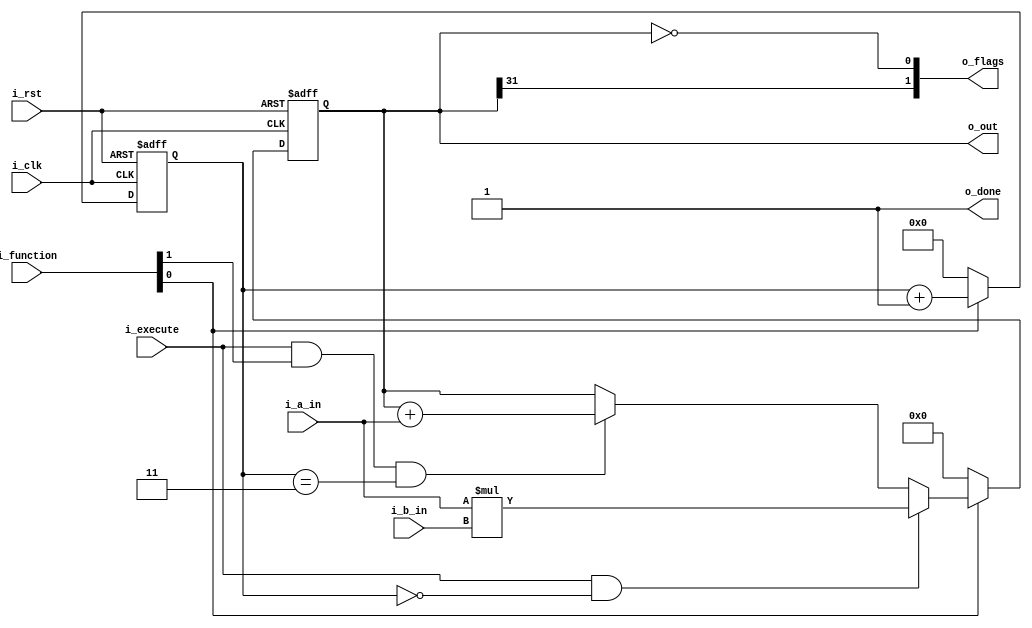
module a23_multiply (
input                       i_clk,
input                       i_rst,

input       [31:0]          i_a_in,         // Rds
input       [31:0]          i_b_in,         // Rm
input       [1:0]           i_function,
input                       i_execute,

output      [31:0]          o_out,
output      [1:0]           o_flags,        // [1] = N, [0] = Z
output                      o_done    // goes high 2 cycles before completion                                          
);


wire        enable;
wire        accumulate;

reg  [31:0] product;
reg  [3:0]  count;

assign enable         = i_function[0];
assign accumulate     = i_function[1];

assign o_out   = product;

assign o_flags = {o_out[31], o_out == 32'd0 }; 
assign o_done  = 1'b1;


always @(posedge i_clk or posedge i_rst) begin
  if (i_rst) begin
    product <= 32'b0;
    count <= 4'b0;
  end else if(enable) begin
    count <= count + 1;
    if (i_execute && count == 0) begin
      product <= i_a_in*i_b_in;
    end else if (i_execute && accumulate && count == 3) begin
      product <= product + i_a_in;
    end
  end else begin
    product <= 32'b0;
    count <= 4'b0;
  end
end

// wire [33:0] multiplier;
// wire [33:0] multiplier_bar;
// wire [33:0] sum;
// wire [33:0] sum34_b;

// reg  [5:0]  count;
// reg  [5:0]  count_nxt;
// reg  [67:0] product;
// reg  [67:0] product_nxt;
// reg  [1:0]  flags_nxt;
// wire [32:0] sum_acc1;           // the MSB is the carry out for the upper 32 bit addition
// assign multiplier     =  { 2'd0, i_a_in} ;
// assign multiplier_bar = ~{ 2'd0, i_a_in} + 34'd1 ;

// assign sum34_b        =  product[1:0] == 2'b01 ? multiplier     :
//                          product[1:0] == 2'b10 ? multiplier_bar :
//                                                  34'd0          ;


// // -----------------------------------
// // 34-bit adder - booth multiplication
// // -----------------------------------
// assign sum =  product[67:34] + sum34_b;
 
// // ------------------------------------
// // 33-bit adder - accumulate operations
// // ------------------------------------
// assign sum_acc1 = {1'd0, product[32:1]} + {1'd0, i_a_in};


// always @*
// begin
//   // Defaults
//   count_nxt           = count;
//   product_nxt         = product;
  
//   // update Negative and Zero flags
//   // Use registered value of product so this adds an extra cycle
//   // but this avoids having the 64-bit zero comparator on the
//   // main adder path
//   flags_nxt   = { product[32], product[32:1] == 32'd0 }; 
    

//   if ( count == 6'd0 )
//     product_nxt = {33'd0, 1'd0, i_b_in, 1'd0 } ;
//   else if ( count <= 6'd33 )
//     product_nxt = { sum[33], sum, product[33:1]} ;
//   else if ( count == 6'd34 && accumulate )
//   begin
//     // Note that bit 0 is not part of the product. It is used during the booth
//     // multiplication algorithm
//     product_nxt         = { product[64:33], sum_acc1[31:0], 1'd0}; // Accumulate
//   end
        
//   // Multiplication state counter
//   if (count == 6'd0)  // start
//     count_nxt   = enable ? 6'd1 : 6'd0;
//   else if ((count == 6'd34 && !accumulate) ||  // MUL
//            (count == 6'd35 &&  accumulate)  )  // MLA
//     count_nxt   = 6'd0;
//   else
//     count_nxt   = count + 1'd1;

// end


//   always @ ( posedge i_clk or posedge i_rst)
//   if (i_rst) begin
//     product         <= 'd0;
//     count           <= 'd0;
//     o_done          <= 'd0;
//   end else if (enable)
//   begin 
//     if(i_execute) begin
//           product         <= product_nxt;
//     end
//     count           <= count_nxt;
//     o_done          <= count == 6'd31;
//   end

// Outputs
// assign o_out   = product[32:1]; 
// assign o_flags = flags_nxt;
                     
endmodule